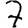
Digit: 7